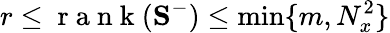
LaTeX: r\leq\mathrm{~r~a~n~k~}(\mathbf{S}^{-})\leq\operatorname*{min}\{ m,N_{x}^{2}\}